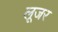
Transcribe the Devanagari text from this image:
लूजर